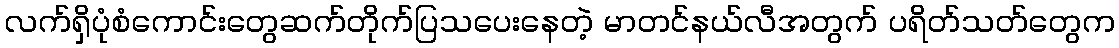
လက်ရှိပုံစံကောင်းတွေဆက်တိုက်ပြသပေးနေတဲ့ မာတင်နယ်လီအတွက် ပရိတ်သတ်တွေက